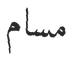
مسام